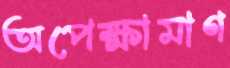
অপেক্ষামাণ